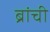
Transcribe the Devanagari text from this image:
ब्रांची